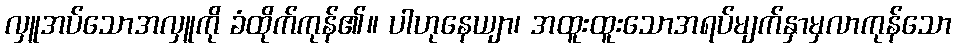
လှူအပ်သောအလှူကို ခံထိုက်ကုန်၏။ ပါဟုနေယျာ၊ အထူးထူးသောအရပ်မျက်နှာမှလာကုန်သော